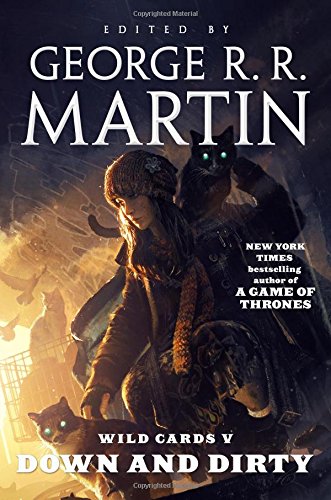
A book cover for Wild Cards V: Down and Dirty; Wild Cards Trust; Science Fiction & Fantasy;